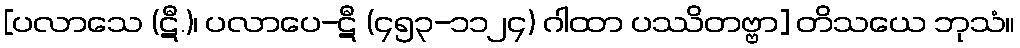
[ပလာသေ (ဋီ.)၊ ပလာပေ-ဋီ (၄၅၃-၁၁၂၄) ဂါထာ ပဿိတဗ္ဗာ] တိသယေ ဘုသံ။